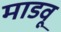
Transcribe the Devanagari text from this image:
माडवू